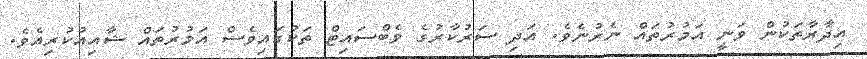
އިދާރާތަކުން ވަނީ އަމުރުތައް ނެރުނެވެ. އަދި ސަރުކާރުގެ ވެބްސައިޓް ތަކުގައިވެސް އަމުރުތައް ޝާއިއުކުރިއެވެ.